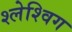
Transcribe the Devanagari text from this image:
श्लेश्विग